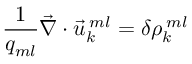
\frac { 1 } { q _ { m l } } \vec { \nabla } \cdot \vec { u } _ { k } ^ { \: m l } = \delta \rho _ { k } ^ { \: m l }